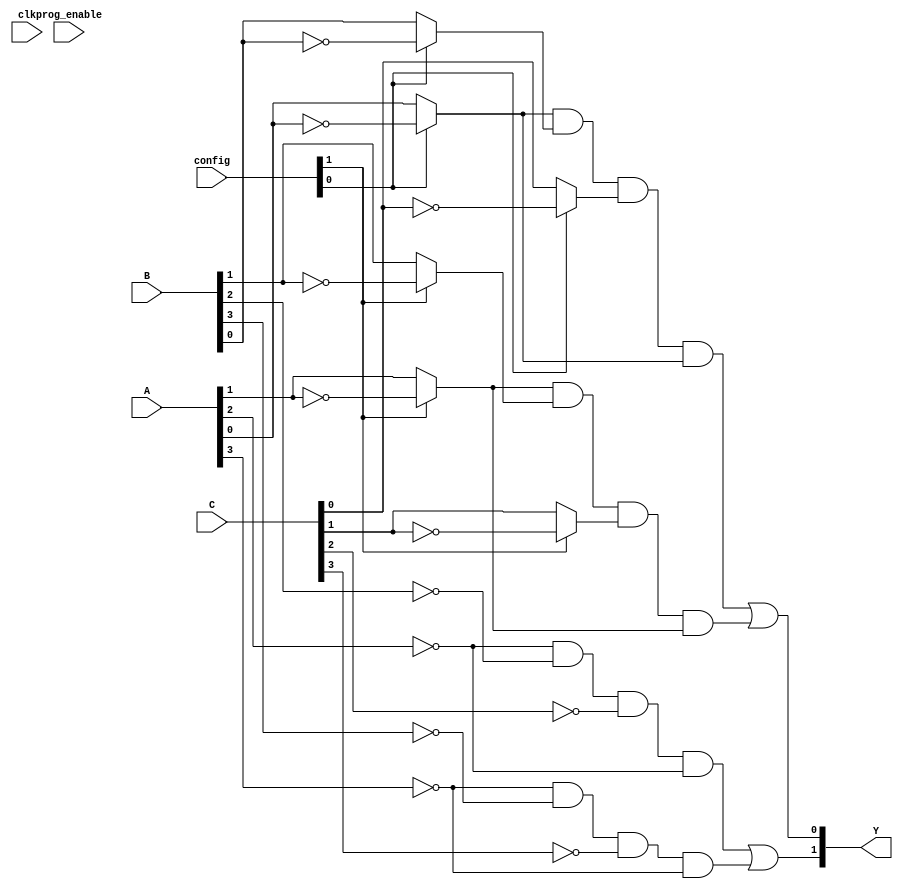
module flash_programmable_pal (
    input wire [3:0] A,      // 4-bit input (A[3:0])
    input wire [3:0] B,      // 4-bit input (B[3:0])
    input wire [3:0] C,      // 4-bit input (C[3:0])
    input wire [1:0] config, // Configuration signals to program AND gates
    input wire clk,          // Clock for programming
    input wire prog_enable,  // Programming enable signal
    output wire [1:0] Y      // Outputs Y1, Y2
);

// Internal signals for AND gate outputs
wire [3:0] and_output; // Outputs from AND gates

// Programmable AND gates
// Each AND gate is 4-input and can be programmed via control signals. 
generate
    genvar i;
    for (i = 0; i < 4; i = i + 1) begin : and_gate
        wire a_signal, b_signal, c_signal, d_signal;
        
        // Select input signals based on configuration
        assign a_signal = (config[i] == 1'b0) ? A[i] : ~A[i]; // Direct or inverted A
        assign b_signal = (config[i] == 1'b0) ? B[i] : ~B[i]; // Direct or inverted B
        assign c_signal = (config[i] == 1'b0) ? C[i] : ~C[i]; // Direct or inverted C
        assign d_signal = (config[i] == 1'b0) ? A[i] : ~A[i]; // Direct or inverted D
        
        // AND gate
        assign and_output[i] = a_signal & b_signal & c_signal & d_signal; // Change as needed for the specific logic
    end
endgenerate

// Fixed OR array (2 output lines)
assign Y[0] = and_output[0] | and_output[1]; // Y1 = Output from AND gate 0 or 1
assign Y[1] = and_output[2] | and_output[3]; // Y2 = Output from AND gate 2 or 3 

// Control Logic for programming
always @(posedge clk) begin
    if (prog_enable) begin
        // Logic for programming the AND gates can be implemented here
        // Flash programming sequence would be implemented with additional peripherals.
    end
end

endmodule